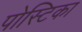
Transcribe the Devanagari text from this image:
पोस्टिका